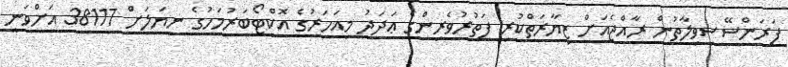
ފަރަންސޭސިވިލާތުން ރާއްޖެއަށް ޒިޔާރަތްކުރި ފަތުރުވެރިންގެ ޢަދަދު މިއަހަރުގެ އޮކްޓޯބަރުމަހުގެ ނިޔަލަށް 38117 އަށްވަނީ